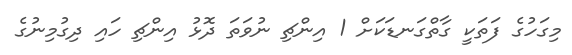
މިގަހުގެ ފަތަކީ ގާތްގަނޑަކަށް 1 އިންޗި ނުވަތަ ދޮޅު އިންޗި ހައި ދިގުމިނުގެ